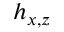
h _ { x , z }